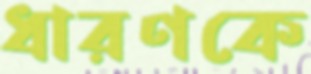
ধারণকে